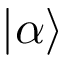
| \alpha \rangle